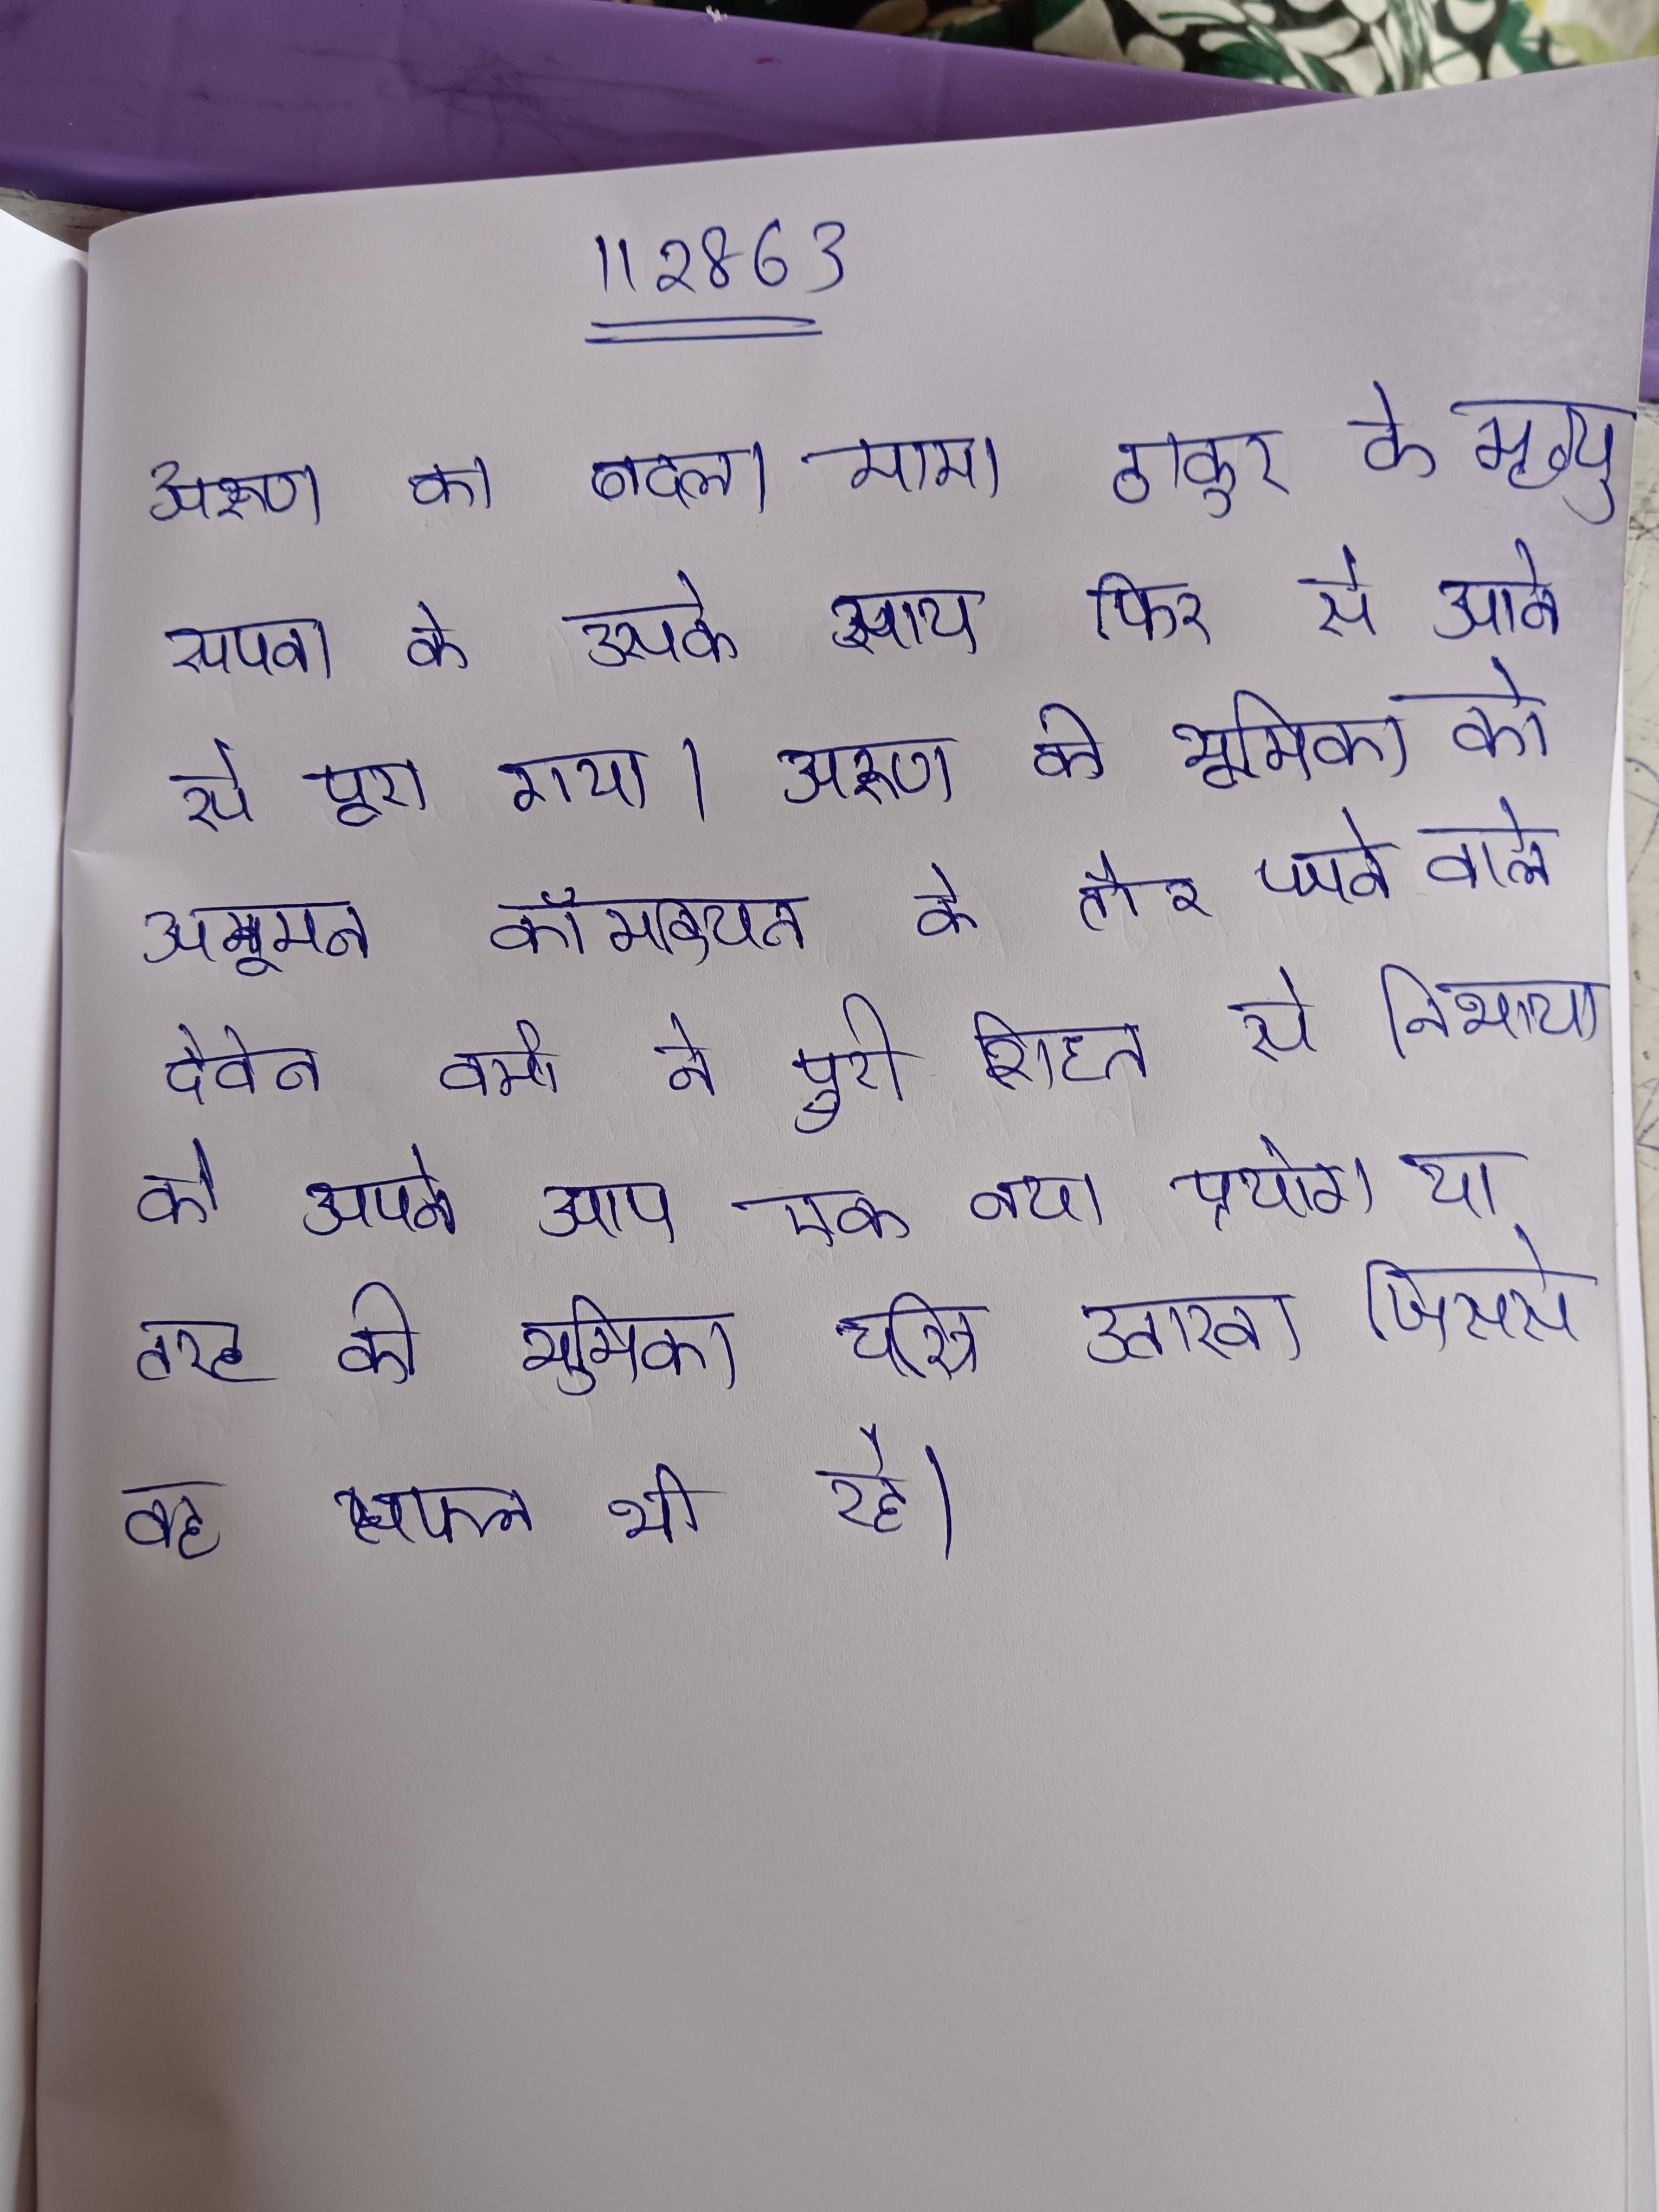
अरुण का बदला मामा ठाकुर के मृत्यु और सपना के उसके साथ फिर से आने से पूरा हो गया । अरुण की भूमिका को अमूमन कॉमेडियन के तौर पर जाने जाने वाले देवेन वर्मा ने पूरी शिद्दत से निभाया जो अपने आप एक नया प्रयोग था ऋषिकेश मुखर्जी का किसी कॉमेडियन को इस तरह की भूमिका के चरित्र उतारना, जिसमे वह सफल भी रहे ।